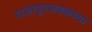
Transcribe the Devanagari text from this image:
राजापूरजवळच्या